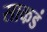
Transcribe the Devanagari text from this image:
साकडं